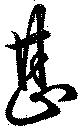
甚